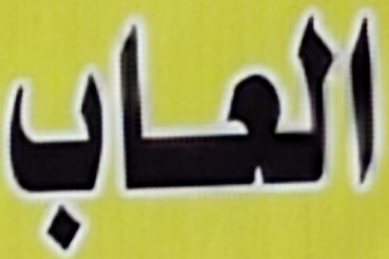
العاب